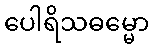
ပေါရိသဓမ္မော